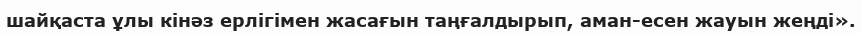
шайқаста ұлы кінәз ерлігімен жасағын таңғалдырып, аман-есен жауын жеңді».